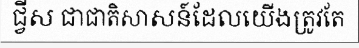
ជ្វីស ជាជាតិសាសន៍ដែលយើងត្រូវតែ